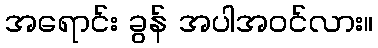
အရောင်း ခွန် အပါအဝင်လား။